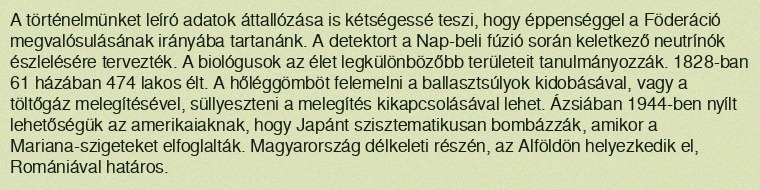
A történelmünket leíró adatok áttallózása is kétségessé teszi, hogy éppenséggel a Föderáció megvalósulásának irányába tartanánk. A detektort a Nap-beli fúzió során keletkező neutrínók észlelésére tervezték. A biológusok az élet legkülönbözőbb területeit tanulmányozzák. 1828-ban 61 házában 474 lakos élt. A hőléggömböt felemelni a ballasztsúlyok kidobásával, vagy a töltőgáz melegítésével, süllyeszteni a melegítés kikapcsolásával lehet. Ázsiában 1944-ben nyílt lehetőségük az amerikaiaknak, hogy Japánt szisztematikusan bombázzák, amikor a Mariana-szigeteket elfoglalták. Magyarország délkeleti részén, az Alföldön helyezkedik el, Romániával határos.